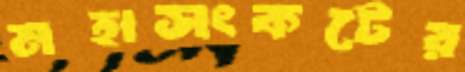
মহাসংকটের